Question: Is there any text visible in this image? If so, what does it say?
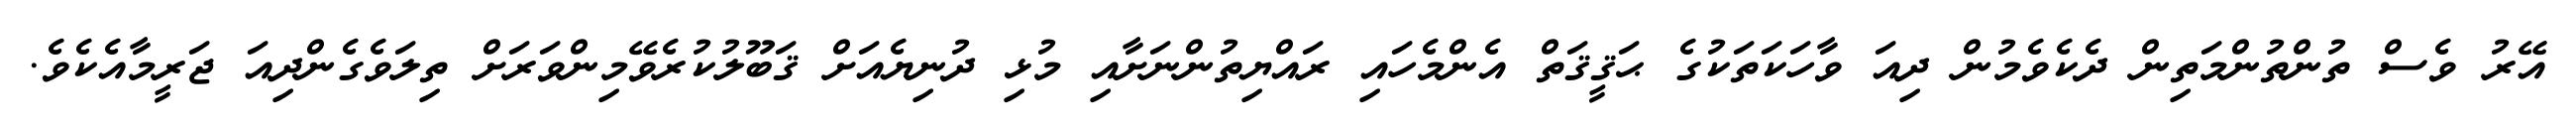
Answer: އޭރު ވެސް ތުންތުންމަތިން ދެކެވެމުން ދިއަ ވާހަކަތަކުގެ ޙަޤީޤަތް އެންމެހައި ރައްޔިތުންނަށާއި މުޅި ދުނިޔެއަށް ޤަބޫލުކުރެވޭމިންވަރަށް ތިލަވެގެންދިއަ ޖަރީމާއެކެވެ.